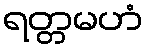
ရတ္တမဟံ